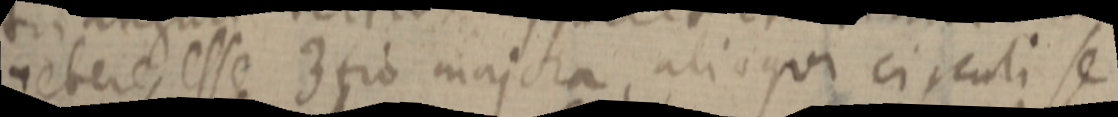
gebere esse 3tio majora, alioqui circuli se